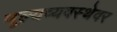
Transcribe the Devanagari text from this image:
मूल्यव्यवस्थेवर